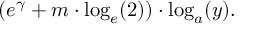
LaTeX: ( e ^ { \gamma } + m \cdot \log _ { e } ( 2 ) ) \cdot \log _ { a } ( y ) .